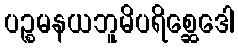
ပဉ္စမနယဘူမိပရိစ္ဆေဒေါ